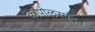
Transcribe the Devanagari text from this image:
कापोलस्पंदन